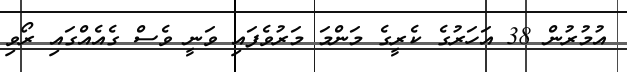
އުމުރުން 38 އަހަރުގެ ކެރީގެ މަންމަ މަރުވެފައި ވަނީ ވެސް ގެއެއްގައި ރޯވި